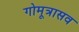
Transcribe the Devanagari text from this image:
गोमूत्रासव